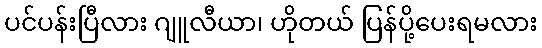
ပင်ပန်းပြီလား ဂျူလီယာ၊ ဟိုတယ် ပြန်ပို့ပေးရမလား